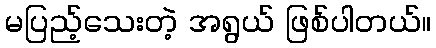
မပြည့်သေးတဲ့ အရွယ် ဖြစ်ပါတယ်။